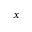
x